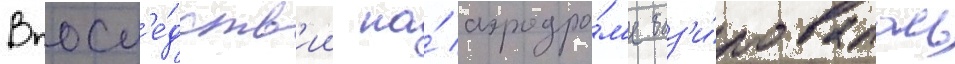
Впосл'е́дств'ии на́ аэродро́м'е баз'и́ровалась